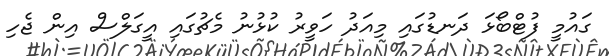
ގައުމީ ފުޓްބޯޅަ ދަނޑުގައި މިއަދު ހަވީރު ކުޅުނު މެޗުގައި އީގަލްސް އިން ޖެހި